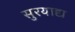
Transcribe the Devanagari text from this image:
सुरयाद्य